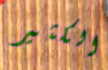
الكثير